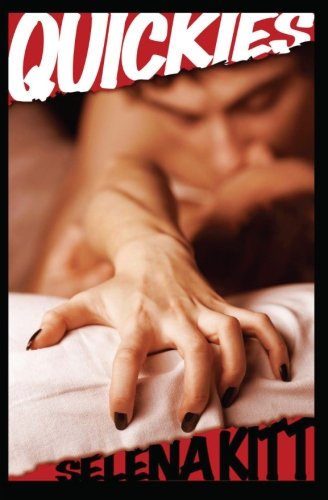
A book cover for Quickies; Selena Kitt; Romance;